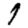
Digit: 1